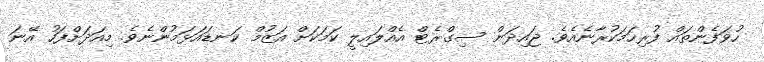
ހުވަފެންތައް ފުރިހަމަކުރާނެއެވެ. ޖައިދަން ސިގްރެޓް އެއްލައިލީ ކަމަކަށް އަޒުމް ކަނޑައަޅަމުންނެވެ. މިއަދަށްފަހު އޭނަ